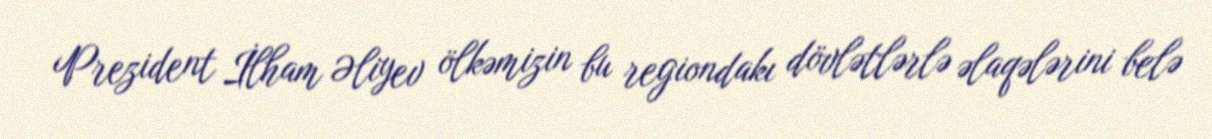
Prezident İlham Əliyev ölkəmizin bu regiondakı dövlətlərlə əlaqələrini belə